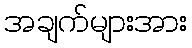
အချက်များအား